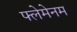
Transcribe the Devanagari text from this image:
फ्लेमेनम